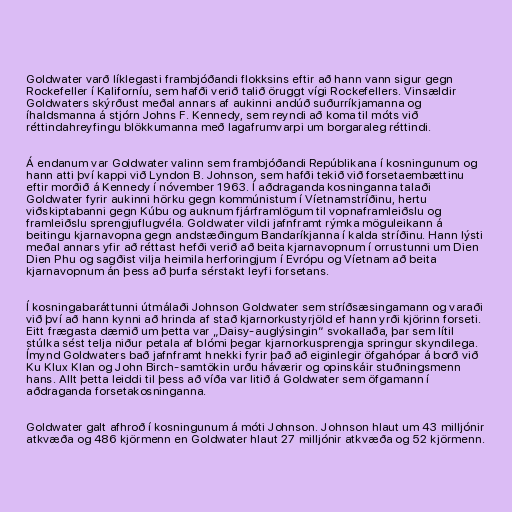
Goldwater varð líklegasti frambjóðandi flokksins eftir að hann vann sigur gegn
Rockefeller í Kaliforníu, sem hafði verið talið öruggt vígi Rockefellers. Vinsældir
Goldwaters skýrðust meðal annars af aukinni andúð suðurríkjamanna og
íhaldsmanna á stjórn Johns F. Kennedy, sem reyndi að koma til móts við
réttindahreyfingu blökkumanna með lagafrumvarpi um borgaraleg réttindi.

Á endanum var Goldwater valinn sem frambjóðandi Repúblikana í kosningunum og
hann atti því kappi við Lyndon B. Johnson, sem hafði tekið við forsetaembættinu
eftir morðið á Kennedy í nóvember 1963. Í aðdraganda kosninganna talaði
Goldwater fyrir aukinni hörku gegn kommúnistum í Víetnamstríðinu, hertu
viðskiptabanni gegn Kúbu og auknum fjárframlögum til vopnaframleiðslu og
framleiðslu sprengjuflugvéla. Goldwater vildi jafnframt rýmka möguleikann á
beitingu kjarnavopna gegn andstæðingum Bandaríkjanna í kalda stríðinu. Hann lýsti
meðal annars yfir að réttast hefði verið að beita kjarnavopnum í orrustunni um Dien
Dien Phu og sagðist vilja heimila herforingjum í Evrópu og Víetnam að beita
kjarnavopnum án þess að þurfa sérstakt leyfi forsetans.

Í kosningabaráttunni útmálaði Johnson Goldwater sem stríðsæsingamann og varaði
við því að hann kynni að hrinda af stað kjarnorkustyrjöld ef hann yrði kjörinn forseti.
Eitt frægasta dæmið um þetta var „Daisy-auglýsingin“ svokallaða, þar sem lítil
stúlka sést telja niður petala af blómi þegar kjarnorkusprengja springur skyndilega.
Ímynd Goldwaters bað jafnframt hnekki fyrir það að eiginlegir öfgahópar á borð við
Ku Klux Klan og John Birch-samtökin urðu háværir og opinskáir stuðningsmenn
hans. Allt þetta leiddi til þess að víða var litið á Goldwater sem öfgamann í
aðdraganda forsetakosninganna.

Goldwater galt afhroð í kosningunum á móti Johnson. Johnson hlaut um 43 milljónir
atkvæða og 486 kjörmenn en Goldwater hlaut 27 milljónir atkvæða og 52 kjörmenn.